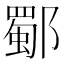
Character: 𨞕